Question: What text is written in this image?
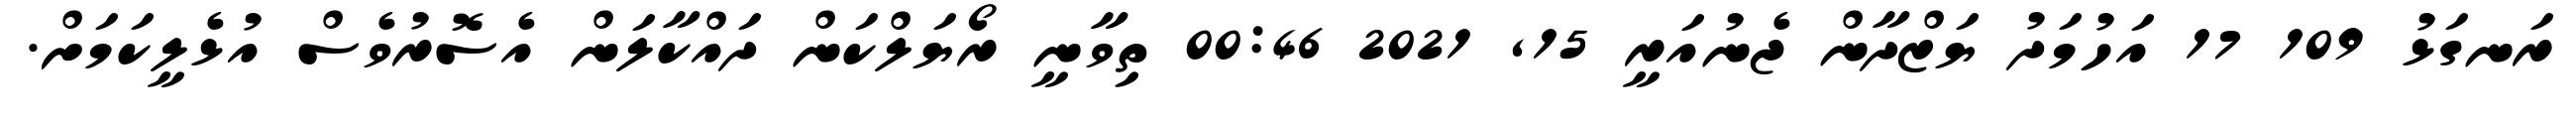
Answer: ރަނގަޅު 109 17 އަހުމަދު ޔަޒްދާން ޖެނުއަރީ 15, 2021 00:46 ތިވާނީ ރޯޔަލްކަން ދައްކާލަން އެސޮރުވެސް އުޅެލީކަމަށް.